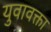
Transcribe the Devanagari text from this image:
युवावक्ता